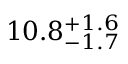
1 0 . 8 _ { - 1 . 7 } ^ { + 1 . 6 }